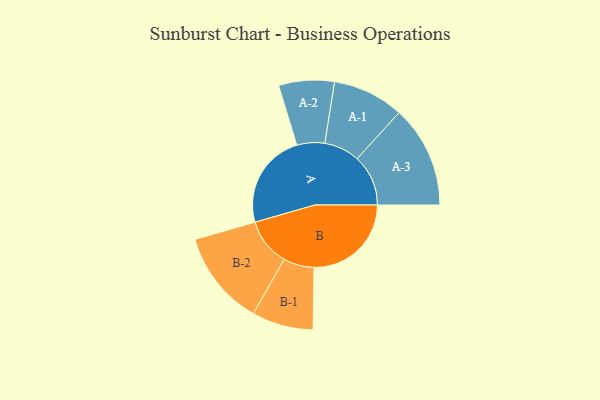
{"axis": {"x": "Segment", "y": "Value"}, "legend": ["", "A", "B"], "data": [{"x": "A", "y": 487, "type": ""}, {"x": "B", "y": 497, "type": ""}, {"x": "A-1", "y": 182, "type": "A"}, {"x": "A-2", "y": 142, "type": "A"}, {"x": "A-3", "y": 261, "type": "A"}, {"x": "B-1", "y": 157, "type": "B"}, {"x": "B-2", "y": 243, "type": "B"}]}